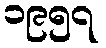
၁၉၅၇